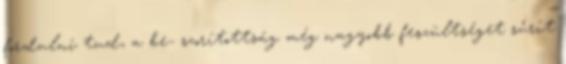
fordulni tud, a be- szorítottság még nagyobb feszültséget sűrít